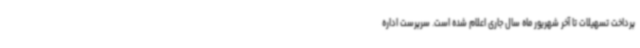
پرداخت تسهیلات تا آخر شهریور ماه سال جاری اعلام شده است. سرپرست اداره